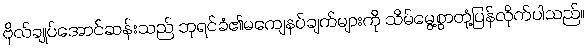
ဗိုလ်ချုပ်အောင်ဆန်းသည် ဘုရင်ခံ၏မကျေနပ်ချက်များကို သိမ်မွေ့စွာတုံ့ပြန်လိုက်ပါသည်။